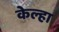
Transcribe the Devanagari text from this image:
केल्हा